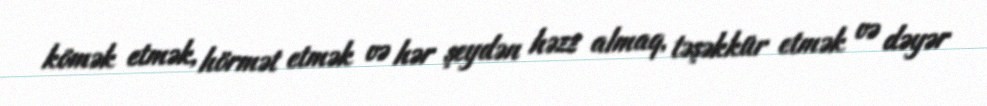
kömək etmək, hörmət etmək və hər şeydən həzz almaq, təşəkkür etmək və dəyər